Problem: 8 × 4 = ?
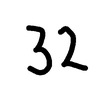
Handwritten answer: 32